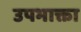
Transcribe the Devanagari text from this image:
उपभाक्ता